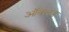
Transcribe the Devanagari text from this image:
ऑक्लंड